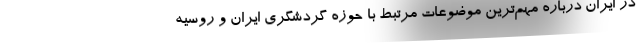
در ایران درباره مهم‌ترین موضوعات مرتبط با حوزه گردشگری ایران و روسیه